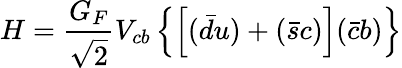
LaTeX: H={\frac{G_{F}}{\sqrt 2}}V_{cb}\left\{ \left[(\bar{d}u)+(\bar{s}c)\right](\bar{c}b)\right\}